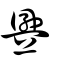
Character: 舋